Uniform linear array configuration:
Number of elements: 8
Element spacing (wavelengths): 0.5
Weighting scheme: hamming
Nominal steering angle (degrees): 60
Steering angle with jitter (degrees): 61.333
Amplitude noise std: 0.05
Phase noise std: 0.05

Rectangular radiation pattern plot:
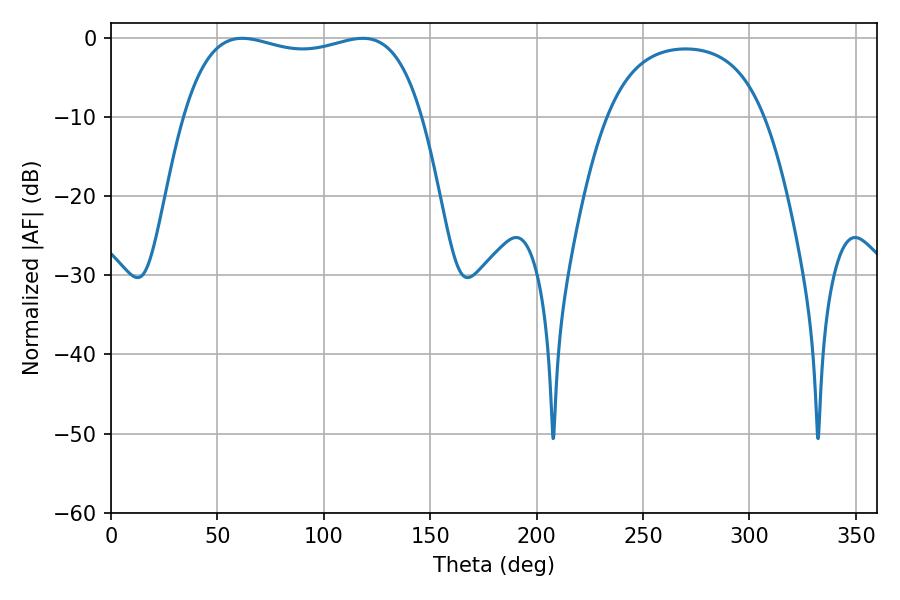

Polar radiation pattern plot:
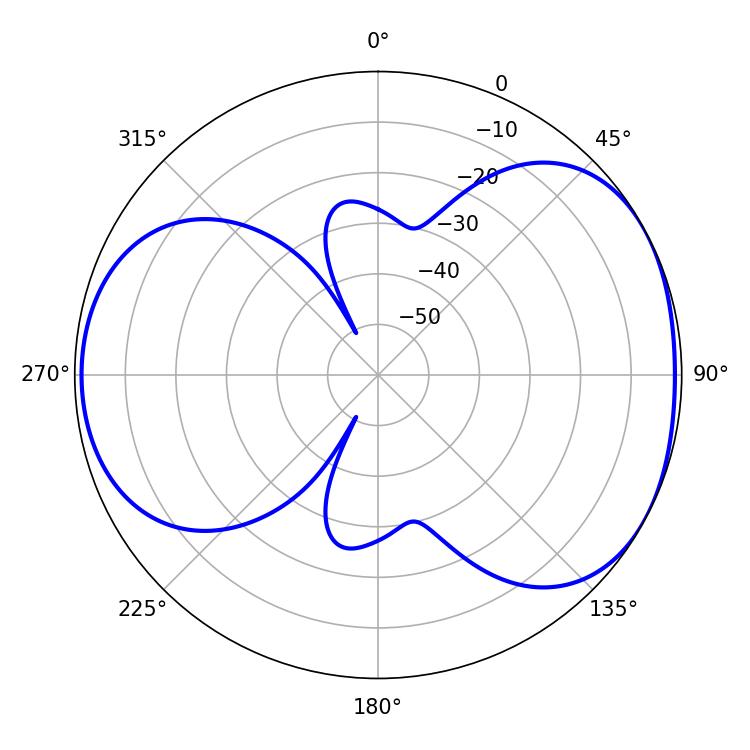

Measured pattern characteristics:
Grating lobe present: FALSE
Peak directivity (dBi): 4.775
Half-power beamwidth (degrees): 90.72
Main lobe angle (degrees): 61.74